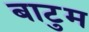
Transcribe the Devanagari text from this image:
बाटुम